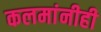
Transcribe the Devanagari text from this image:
कलमांनीही